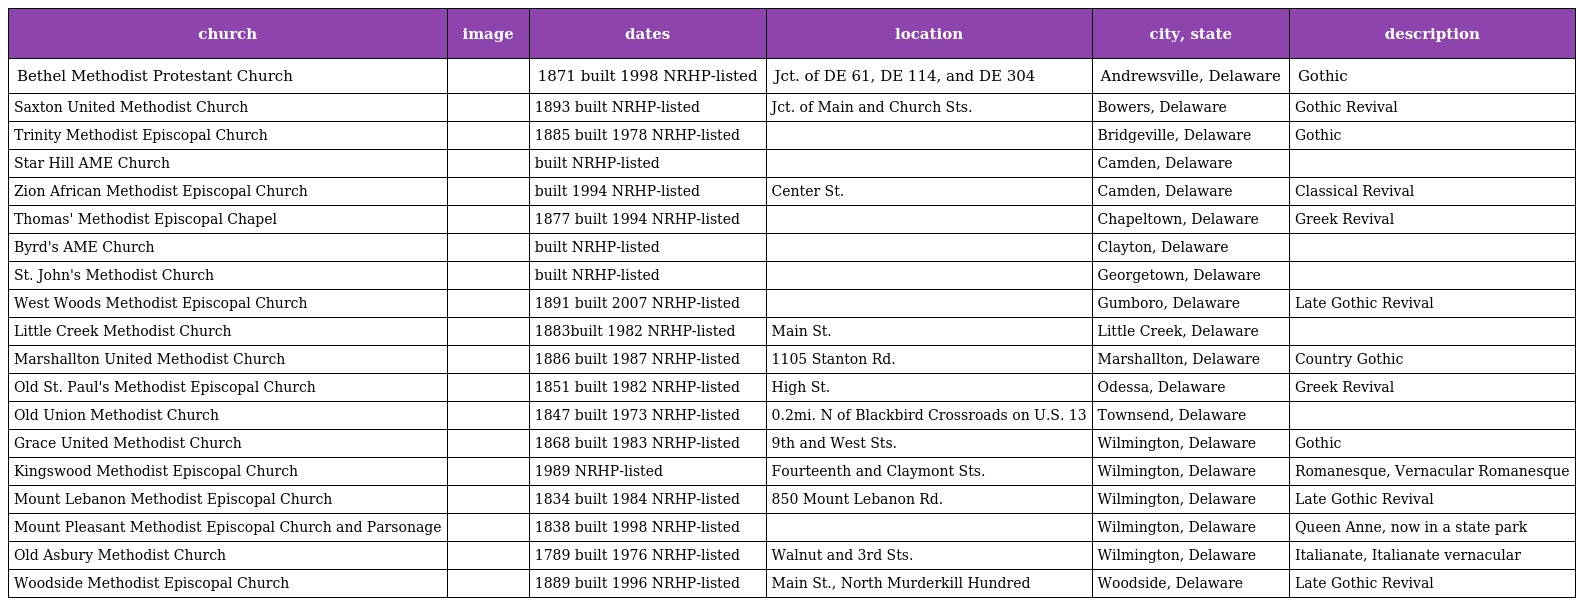
| church | image | dates | location | city, state | description |
 | --- | --- | --- | --- | --- | --- |
 | Bethel Methodist Protestant Church |  | 1871 built 1998 NRHP-listed | Jct. of DE 61, DE 114, and DE 304 | Andrewsville, Delaware | Gothic |
 | Saxton United Methodist Church |  | 1893 built NRHP-listed | Jct. of Main and Church Sts. | Bowers, Delaware | Gothic Revival |
 | Trinity Methodist Episcopal Church |  | 1885 built 1978 NRHP-listed |  | Bridgeville, Delaware | Gothic |
 | Star Hill AME Church |  | built NRHP-listed |  | Camden, Delaware |  |
 | Zion African Methodist Episcopal Church |  | built 1994 NRHP-listed | Center St. | Camden, Delaware | Classical Revival |
 | Thomas' Methodist Episcopal Chapel |  | 1877 built 1994 NRHP-listed |  | Chapeltown, Delaware | Greek Revival |
 | Byrd's AME Church |  | built NRHP-listed |  | Clayton, Delaware |  |
 | St. John's Methodist Church |  | built NRHP-listed |  | Georgetown, Delaware |  |
 | West Woods Methodist Episcopal Church |  | 1891 built 2007 NRHP-listed |  | Gumboro, Delaware | Late Gothic Revival |
 | Little Creek Methodist Church |  | 1883built 1982 NRHP-listed | Main St. | Little Creek, Delaware |  |
 | Marshallton United Methodist Church |  | 1886 built 1987 NRHP-listed | 1105 Stanton Rd. | Marshallton, Delaware | Country Gothic |
 | Old St. Paul's Methodist Episcopal Church |  | 1851 built 1982 NRHP-listed | High St. | Odessa, Delaware | Greek Revival |
 | Old Union Methodist Church |  | 1847 built 1973 NRHP-listed | 0.2mi. N of Blackbird Crossroads on U.S. 13 | Townsend, Delaware |  |
 | Grace United Methodist Church |  | 1868 built 1983 NRHP-listed | 9th and West Sts. | Wilmington, Delaware | Gothic |
 | Kingswood Methodist Episcopal Church |  | 1989 NRHP-listed | Fourteenth and Claymont Sts. | Wilmington, Delaware | Romanesque, Vernacular Romanesque |
 | Mount Lebanon Methodist Episcopal Church |  | 1834 built 1984 NRHP-listed | 850 Mount Lebanon Rd. | Wilmington, Delaware | Late Gothic Revival |
 | Mount Pleasant Methodist Episcopal Church and Parsonage |  | 1838 built 1998 NRHP-listed |  | Wilmington, Delaware | Queen Anne, now in a state park |
 | Old Asbury Methodist Church |  | 1789 built 1976 NRHP-listed | Walnut and 3rd Sts. | Wilmington, Delaware | Italianate, Italianate vernacular |
 | Woodside Methodist Episcopal Church |  | 1889 built 1996 NRHP-listed | Main St., North Murderkill Hundred | Woodside, Delaware | Late Gothic Revival |